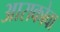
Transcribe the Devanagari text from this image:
आराकोवा